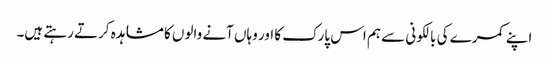
اپنے کمرے کی بالکونی سے ہم اس پارک کا اور وہاں آنے والوں کا مشاہدہ کرتے رہتے ہیں۔